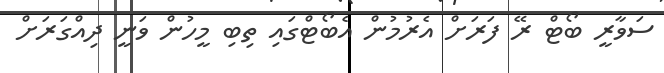
ސަވާރީ ބޯޓް ރޭ ފަރަށް އެރުމުން އެބޯޓްގައި ތިބި މީހުން ވަނީ ދިއްގަރަށް